Civil Veterinary Dept. Bombay admin report 1923-31 - 1923-1931
Year: 1923
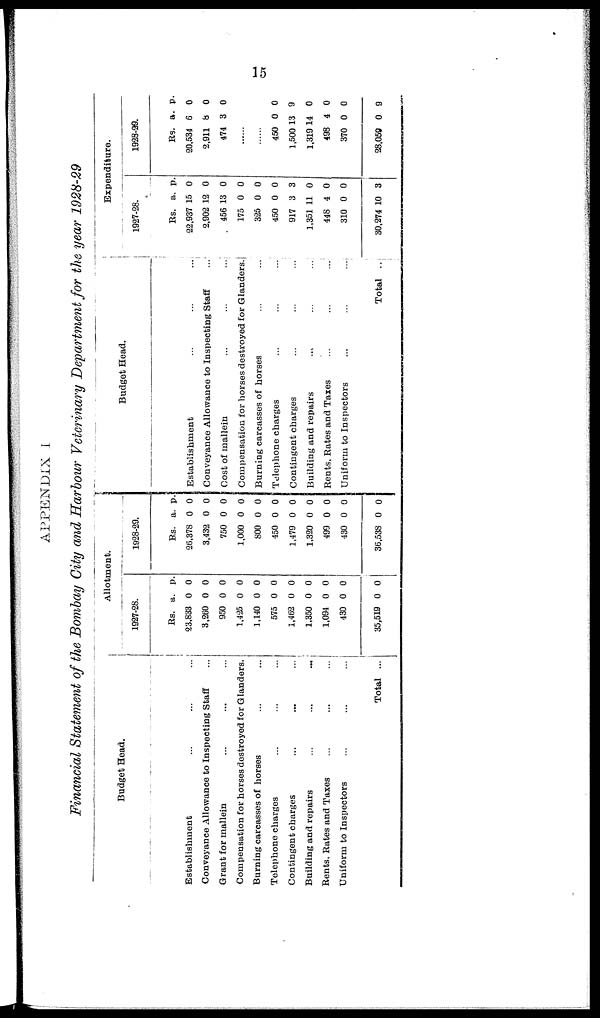
15
APPENDIX I
Financial Statement of the Bombay City and Harbour Veterinary Department for the year 1928-29
Budget Head.
Establishment ... ... ...
Conveyance Allowance to Inspecting Staff ...
Grant for mallein ... ... ...
Compensation for horses destroyed for Glanders.
Burning carcasses of horses ... ...
Telephone charges ... ... ...
Contingent charges ... ... ...
Building and repairs
...
...
...
Bents, Rates and Taxes ... ... ...
Uniform to Inspectors ... ... ...
Total ...
Allotment.
1927-28.
Rs.
23,833
3.260
950
1,425
1,140
575
1,462
1,350
1,094
430
35,519
a.
0
0
0
0
0
0
0
0
0
0
0
p.
0
0
0
0
0
0
0
0
0
0
0
1928-29.
Rs.
26,378
3,432
750
1,000
800
450
1,479
1,320
499
430
36,538
a.
0
0
0
0
0
0
0
0
0
0
0
p.
0
0
0
0
0
0
0
0
0
0
0
Budget Head.
Establishment
...
...
...
Conveyance Allowance to Inspecting Staff
...
Cost of mallein
...
...
...
Compensation for horses destroyed for Glanders.
Burning carcasses of horses ... ...
Telephone charges ... ... ...
Contingent charges ... ... ...
Building and repairs ... ... ...
Rents, Rates and Taxes
...
...
...
Uniform to Inspectors
...
...
...
Total ..
Expenditure.
1927-28.
Rs.
22,937
2,902
456
175
325
450
917
1,351
448
310
30,274
a.
15
12
13
0
0
0
3
11
4
0
10
p.
0
0
0
0
0
0
3
0
0
0
3
1928-29.
Rs.
20,534
2,911
474
a.
6
8
3
p.
0
0
0
......
......
450
1,500
1,319
498
370
28,059
0
13
14
4
0
0
0
9
0
0
0
9